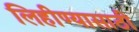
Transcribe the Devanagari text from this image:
लिहीण्यासाठी